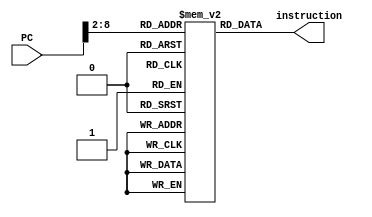
`timescale 1ns / 1ps
//////////////////////////////////////////////////////////////////////////////////
// Company: 
// Engineer: 
// 
// Design Name: 
// Module Name: im
// Project Name: 
// Target Devices: 
// Tool Versions: 
// Description: 
// 
// Dependencies: 
// 
// Revision:
// Revision 0.01 - File Created
// Additional Comments:
// 
//////////////////////////////////////////////////////////////////////////////////


module im(
    PC, instruction    
    );
    parameter       size = 100;
    input            [31:0]PC;
    output           [31:0]instruction;
    reg              [31:0]memory[size-1:0];
    reg              [31:0]instruction;
//    integer i;
    initial 
    begin
    memory[0] = 32'b00100000000010000000000000100000; //addi $t0, $zero, 0x20
            memory[1] = 32'b00100000000010010000000000110111; //addi $t1, $zero, 0x37
            memory[2] = 32'b00000001000010011000000000100100; //and $s0, $t0, $t1
            memory[3] = 32'b00000001000010011000000000100101; //or $s0, $t0, $t1
            memory[4] = 32'b10101100000100000000000000000100; //sw $s0, 4($zero)
            memory[5] = 32'b10101100000010000000000000001000; //sw $t0, 8($zero)
            memory[6] = 32'b00000001000010011000100000100000; //add $s1, $t0, $t1
            memory[7] = 32'b00000001000010011001000000100010; //sub $s2, $t0, $t1
            memory[8] = 32'b00010010001100100000000000001001; //beq $s1, $s2, error0
            memory[9] = 32'b10001100000100010000000000000100; //lw $s1, 4($zero)
            memory[10]= 32'b00110010001100100000000001001000; //andi $s2, $s1, 0x48
            memory[11] =32'b00010010001100100000000000001001; //beq $s1, $s2, error1
            memory[12] =32'b10001100000100110000000000001000; //lw $s3, 8($zero)
            memory[13] =32'b00010010000100110000000000001010; //beq $s0, $s3, error2
            memory[14] =32'b00000010010100011010000000101010; //slt $s4, $s2, $s1 (Last)
            memory[15] =32'b00010010100000000000000000001111; //beq $s4, $0, EXIT
            memory[16] =32'b00000010001000001001000000100000; //add $s2, $s1, $0
            memory[17] =32'b00001000000000000000000000001110; //j Last
            memory[18] =32'b00100000000010000000000000000000; //addi $t0, $0, 0(error0)
            memory[19] =32'b00100000000010010000000000000000; //addi $t1, $0, 0
            memory[20] =32'b00001000000000000000000000011111; //j EXIT
            memory[21] =32'b00100000000010000000000000000001; //addi $t0, $0, 1(error1)
            memory[22] =32'b00100000000010010000000000000001; //addi $t1, $0, 1
            memory[23] =32'b00001000000000000000000000011111; //j EXIT
            memory[24] =32'b00100000000010000000000000000010; //addi $t0, $0, 2(error2)
            memory[25] =32'b00100000000010010000000000000010; //addi $t1, $0, 2
            memory[26] =32'b00001000000000000000000000011111; //j EXIT
            memory[27] =32'b00100000000010000000000000000011; //addi $t0, $0, 3(error3)
            memory[28] =32'b00100000000010010000000000000011; //addi $t1, $0, 3
            memory[29] =32'b00001000000000000000000000011111; //j EXIT 
    //for (i = 0; i < size; i = i + 1) memory[i] = 32'b0;
//    `include "memory.txt"
    end
always @(PC)
      instruction = memory[PC>>2];
endmodule